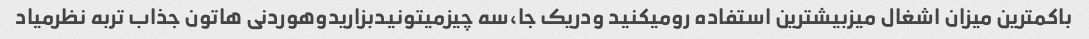
باکمترین میزان اشغال میزبیشترین استفاده رومیکنید ودریک جا،سه چیزمیتونیدبزاریدوهوردنی هاتون جذاب تربه نظرمیاد